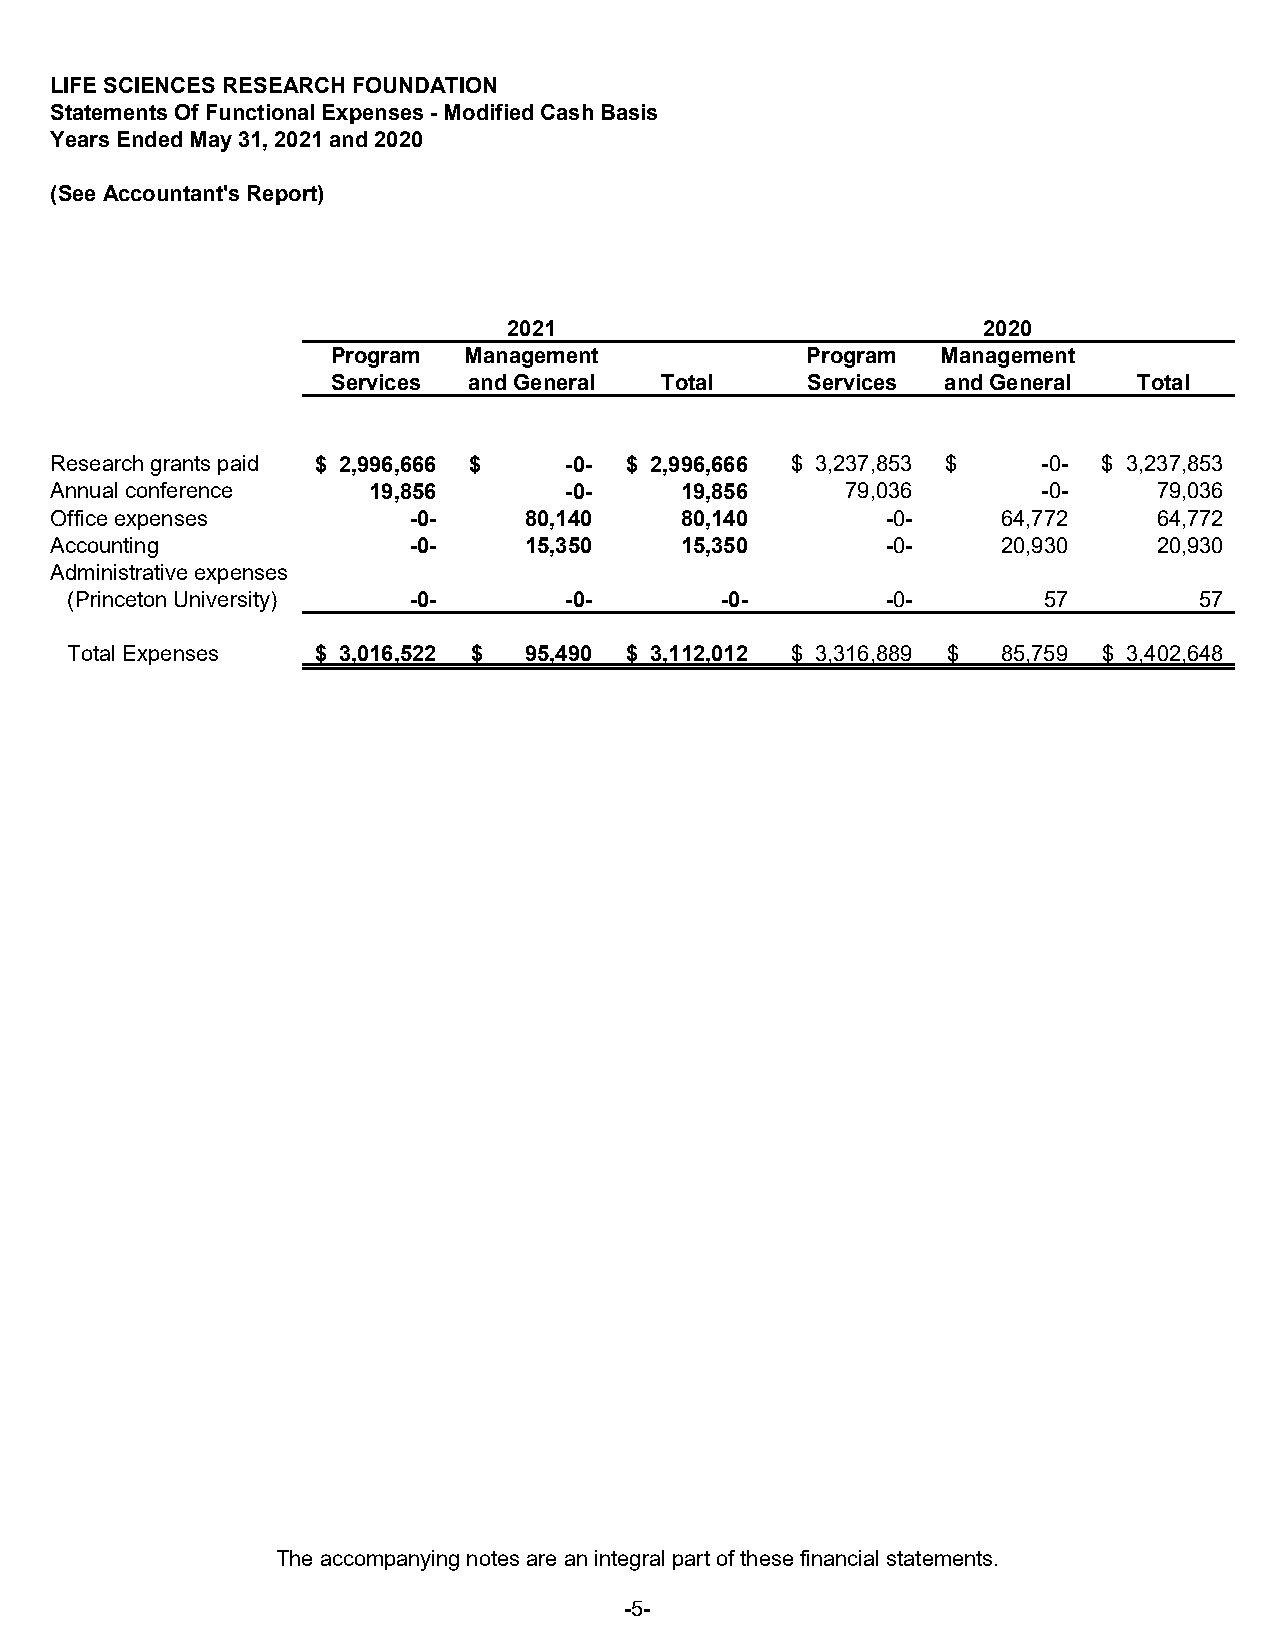
LIFE SCIENCES RESEARCH FOUNDATION
 Statements Of Functional Expenses - Modified Cash Basis
 Years Ended May 31, 2021 and 2020
 (See Accountant's Report)
 2021                           2020
 Program  Management            Program  Management
 Services and General  Total    Services  and General Total
 Research grants paid $ 2,996,666 $ - 0- $ 2,996,666 $ 3,237,853 $ - 0- $ 3,237,853
 Annual conference    19,856       - 0-    19,856     79,036       - 0-    79,036
 Office expenses         - 0-    80,140    80,140        - 0-   64,772     64,772
 Accounting              - 0-    15,350    15,350        - 0-   20,930     20,930
 Administrative expenses
 (Princeton University) - 0-      -0-        -0-        - 0-      57        57
 Total Expenses   $ 3 ,016,522 $ 9 5,490 $ 3,112,012 $ 3 ,316,889 $ 8 5,759 $ 3,402,648
 The accompanying notes are an integral part of these financial statements.
 -5-